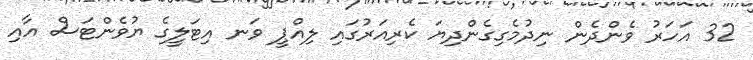
32 އަހަރު ވެންދެން ނިދުމެގިގެންދިޔަ ކެރިއަރުގައި ލިއްޕީ ވަނ އިޓަލީގެ ޔުވެންޓަސް އާއި